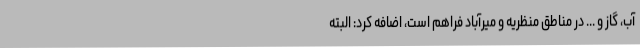
آب، گاز و ... در مناطق منظریه و میرآباد فراهم است، اضافه کرد: البته